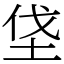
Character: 垡